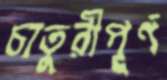
চাতুরীপূর্ণ